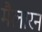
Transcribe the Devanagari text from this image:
मैलारन